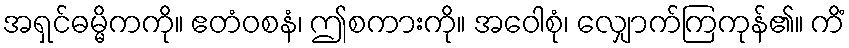
အရှင်ဓမ္မိကကို။ ဧတံဝစနံ၊ ဤစကားကို။ အဝေါစုံ၊ လျှောက်ကြကုန်၏။ ကိံ